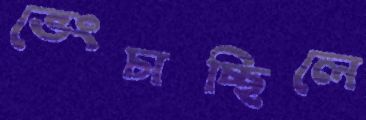
ভেংচাচ্ছিলে